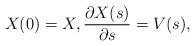
LaTeX: \begin{gather*}X(0)=X,\frac{\partial X(s)}{\partial s}=V(s), \end{gather*}